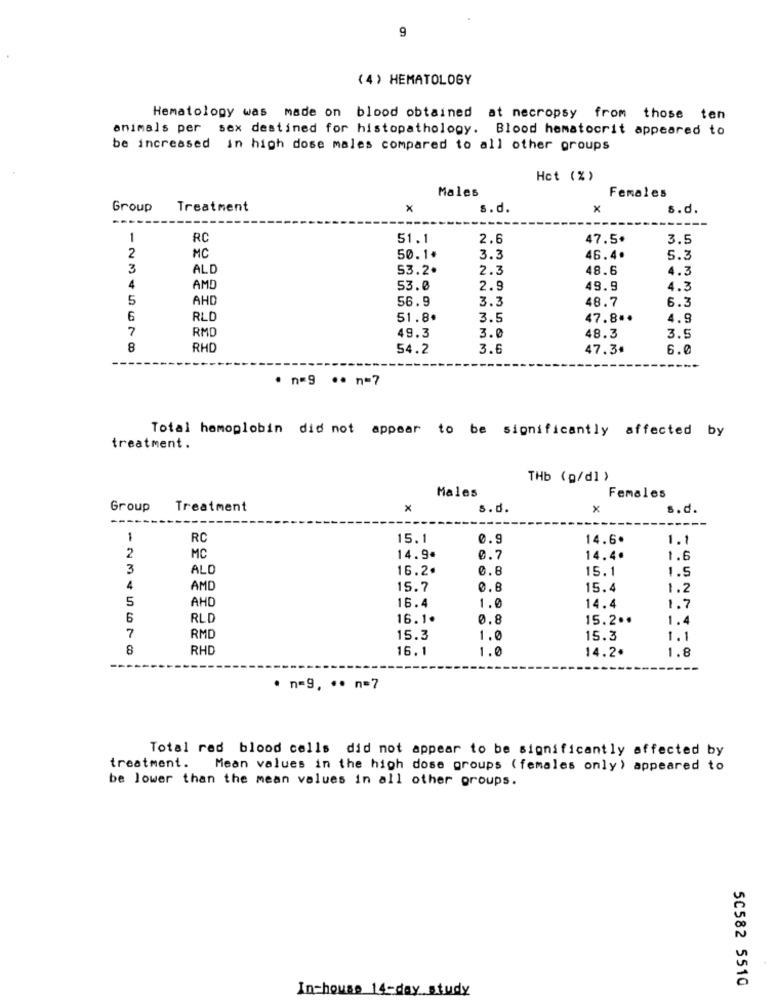
9
(4) HEMATOLOGY
Hematology was made on blood obtained at necropsy from those ten
animals per sex destined for histopathology. Blood hematocrit appeared to
be increased in high dose males compared to all other groups
Hct (%)
Males
Females
Group
Treatment
x
s.d.
x
s.d.
1
RC
51.1
2.6
47.5*
3.5
2
MC
50.1.
3.3
46.4.
5.3
3
ALD
53.2.
2.3
48.6
4.3
4
AMD
53.0
2.9
49.9
4.3
5
AHD
56.9
3.3
48.7
6.3
6
RLD
51.8.
3.5
47.8 **
4.9
7
RMD
49.3
3.0
48.3
3.9
8
RHD
54.2
3.6
47.3+
6.0
. n=9 ·· n=7
Total hemoglobin did not appear to be significantly affected by
treatment.
THb (p/dl )
Males
Females
Group
Treatment
x
s.d.
x
s.d.
----
-
RC
15.1
0.9
14.6.
1.1
2
MC
14.9.
0.7
14.4ª
1.6
3
ALO
16.2
0.8
15.1
1.5
4
AMD
15.7
0.8
15.4
1.2
5
AHO
16.4
1.0
14.4
1.7
6
RLD
16.1.
0.8
15.2 ..
1.4
7
RMD
15.3
1.0
15.3
1.1
8
RHD
16.1
1.0
14.2.
1.8
. n=9, ·· n=7
Total red blood cells did not appear to be significantly affected by
treatment. Mean values in the high dose groups (females only) appeared to
be lower than the mean values in all other groups.
50582 5510
In-house 14-day study